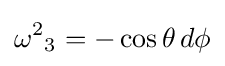
{\omega ^{2}}_{3}=-\cos \theta \,d\phi